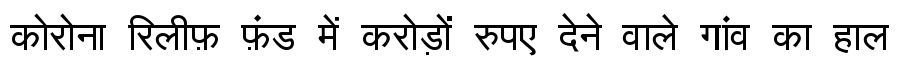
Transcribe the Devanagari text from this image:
कोरोना रिलीफ़ फ़ंड में करोड़ों रुपए देने वाले गांव का हाल